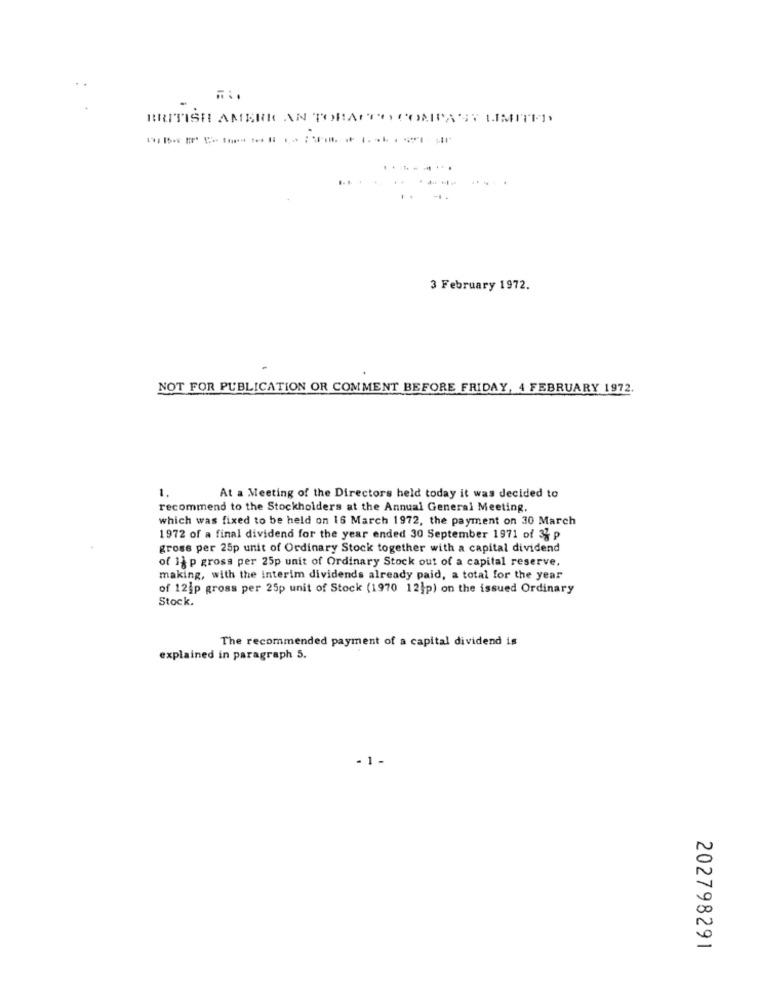
BRITISH AMERICAN TOBACCO COMPAST LIMITED
-----
3 February 1972.
NOT FOR PUBLICATION OR COMMENT BEFORE FRIDAY, 4 FEBRUARY 1972.
1.
At a Meeting of the Directors held today it was decided to
recommend to the Stockholders at the Annual General Meeting.
which was fixed to be held on 16 March 1972, the payment on 30 March
1972 of a final dividend for the year ended 30 September 1971 of 33 p
gross per 25p unit of Ordinary Stock together with a capital dividend
of 1}p gross per 25p unit of Ordinary Stock out of a capital reserve.
making, with the interim dividends already paid, a total for the year
of 12jp gross per 25p unit of Stock (1970 12]p) on the issued Ordinary
Stock.
The recommended payment of a capital dividend is
explained in paragraph 5.
- 1.
202798291